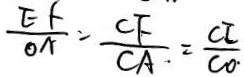
\frac { E F } { O A } = \frac { C F } { C A } = \frac { C E } { C O }